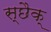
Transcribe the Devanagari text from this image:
स्छैक्